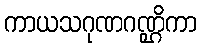
ကာယသဂုဏဂဏ္ဌိကာ